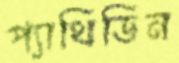
প্যাথিডিন